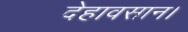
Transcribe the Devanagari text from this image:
देहावसान।